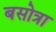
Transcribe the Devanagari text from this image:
बसोत्रा